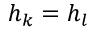
h _ { k } = h _ { l }